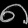
Digit: ၈